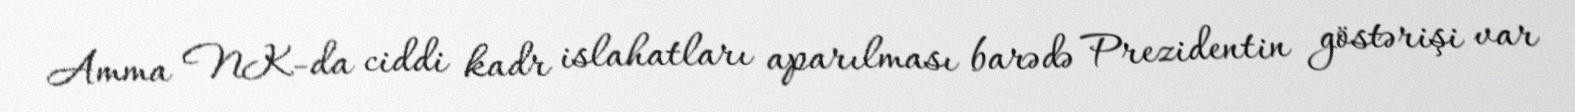
Amma NK-da ciddi kadr islahatları aparılması barədə Prezidentin göstərişi var